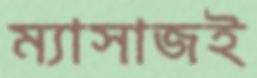
ম্যাসাজই